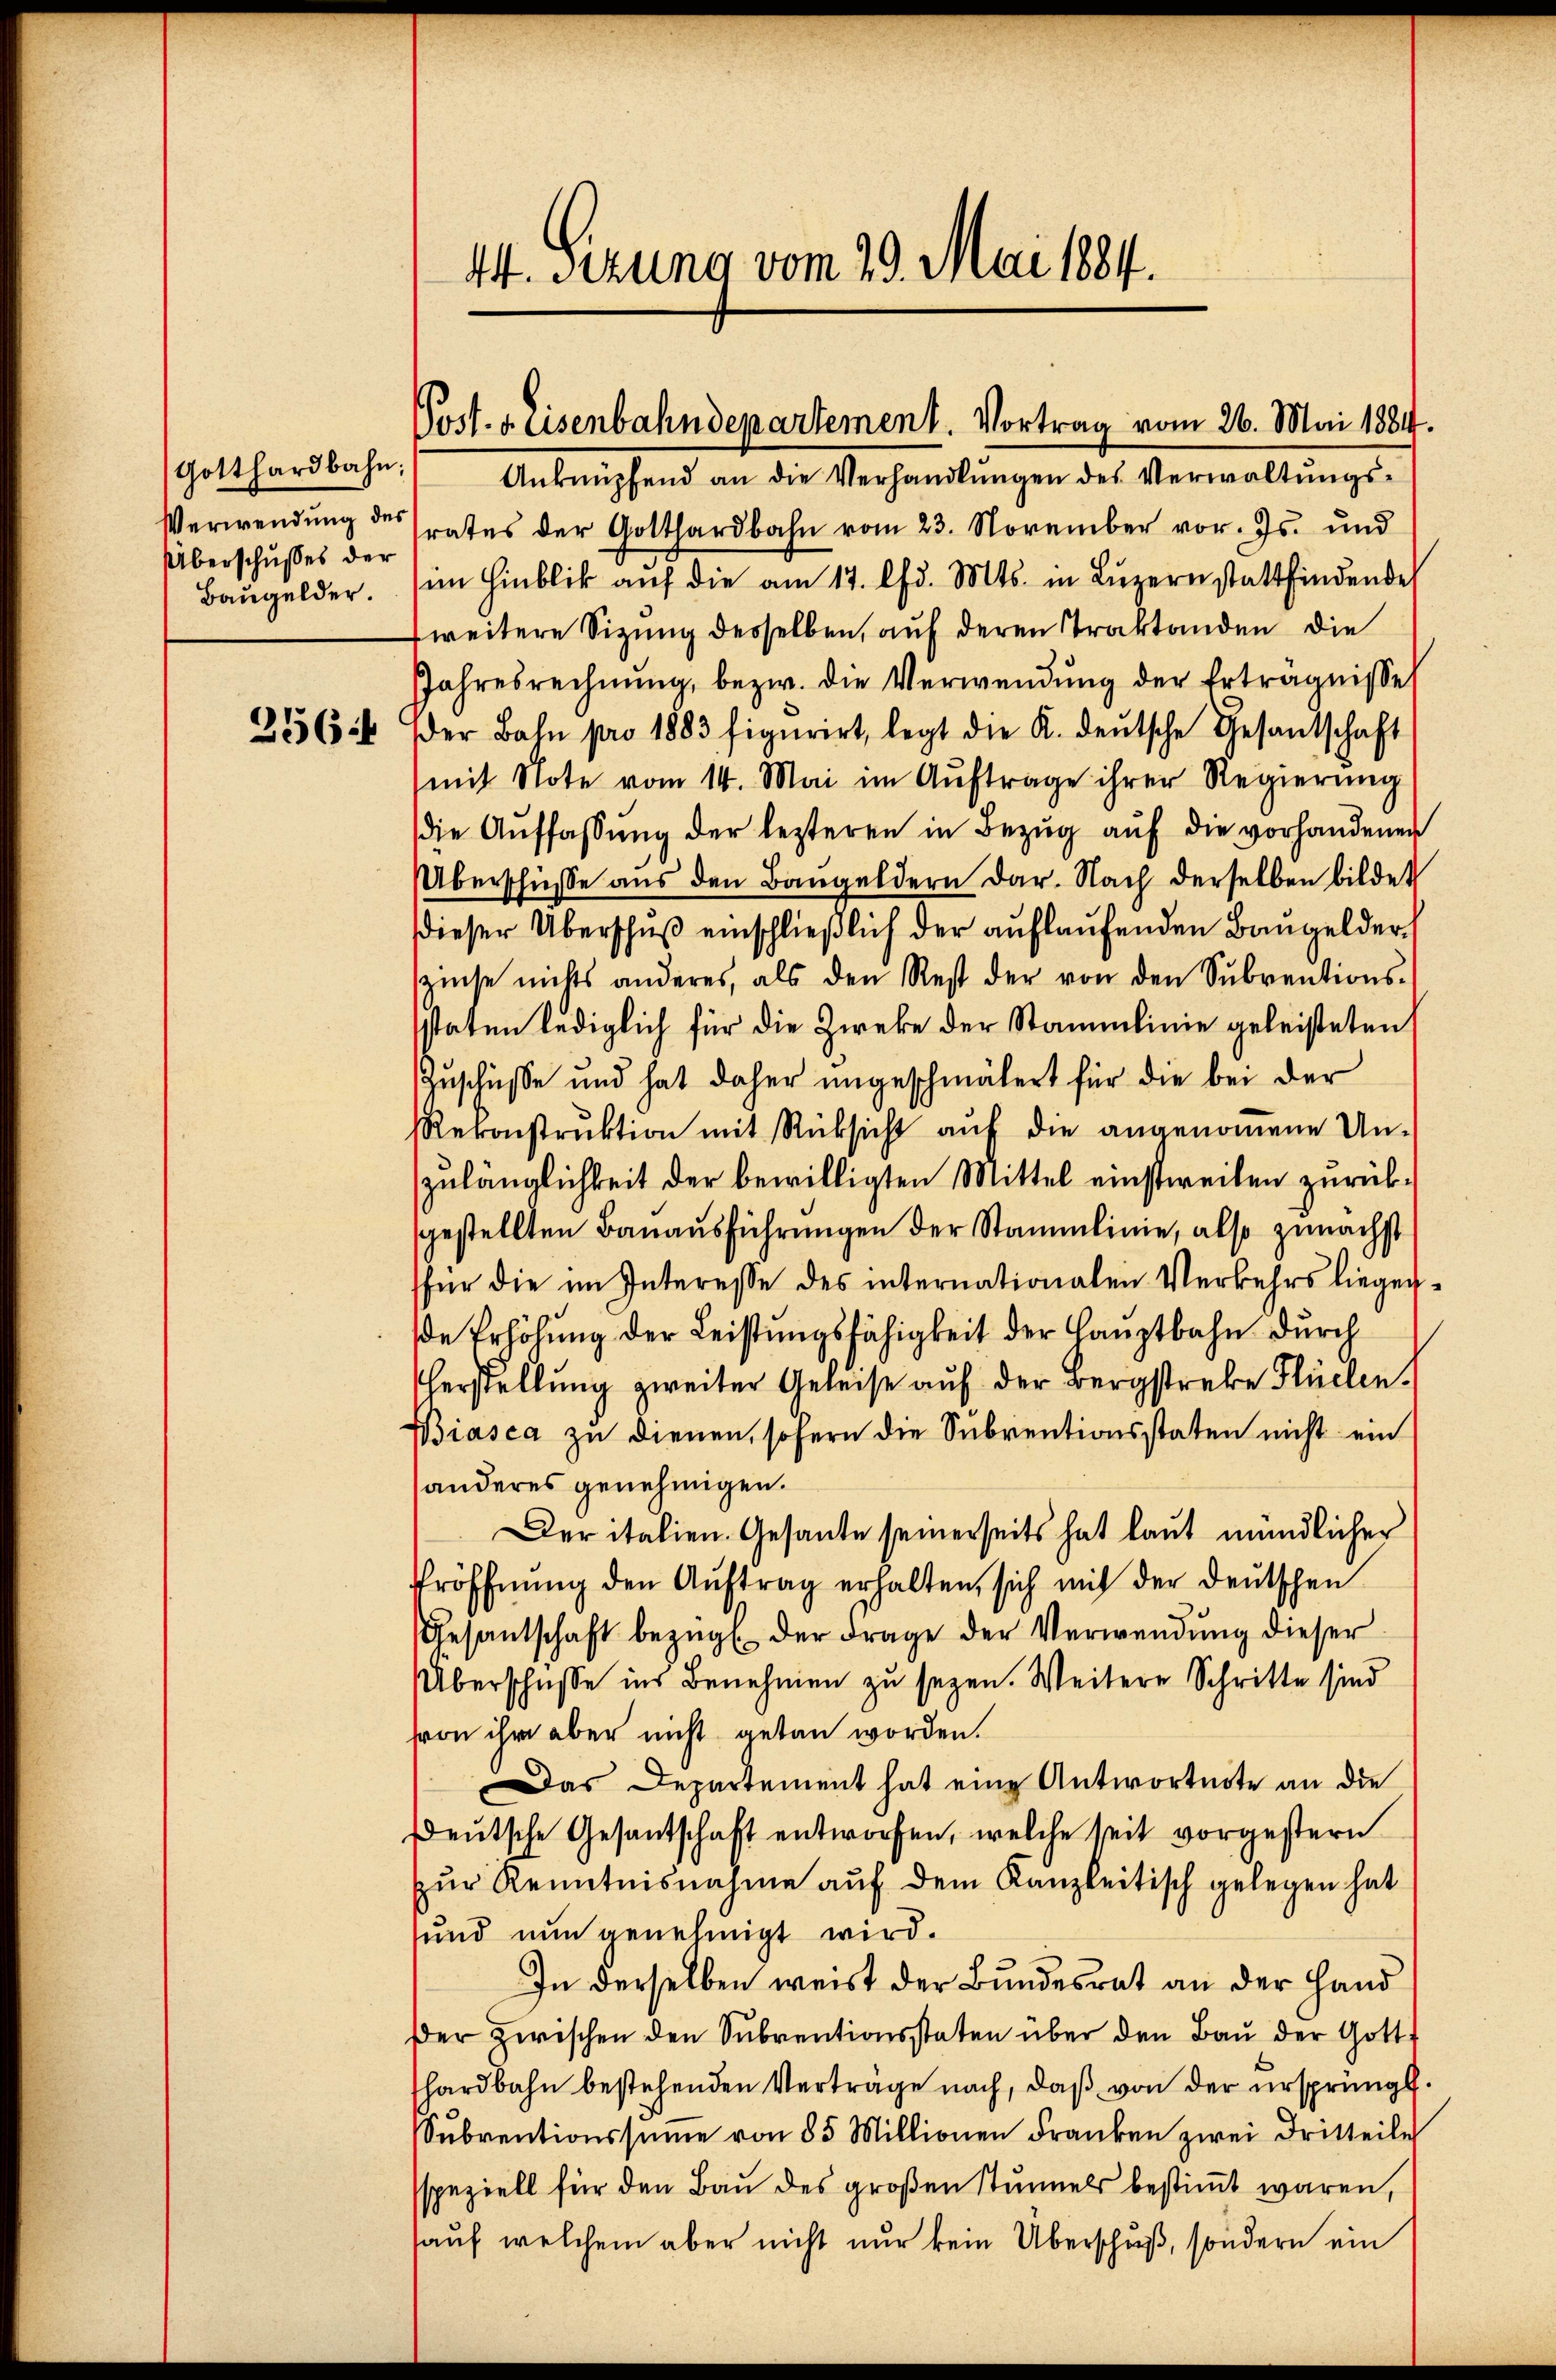
Gotthardbahn;
Verwendung des
Überschusses der
Baugelder.

2564

4. Sizung vom 29. Mai 1884.

Post. v. Eisenbahndepartement. Vortrag vom 26. Mai 1884.

Anknüpfend an die Verhandlungen des Verwaltungsrates der Gotthardbahn vom 23. November vor. Js. und
im Hinblik aŭf die am 17. lfd. Mts. in Lŭzern stattfindende
weitere Sitzung derselben, auf deren Traktanden die
Jahresrechnŭng, bezw. die Verwendŭng der Erträgnisse
der Bahn pro 1883 figurirt, legt die K. deŭtsche Gesantschaft
mit Note vom 14. Mai im Auftrage ihrer Regierŭng
die Auffassung der lezteren in Bezug auf die vorhandenen
Überschüsse aus den Bangeldern dar. Nach derselben bildet
dieser Überschuß einschließlich der auflaufenden Bangelderzinse nichts anderes, als den Rest der von den Sŭbventions-
staten lediglich für die Zweke der Stammlinie geleisteten
Zuschüße und hat daher ungeschmälert für die bei der
Rekonstruktion mit Rüksicht auf die angenommene Un-
zulänglichkeit der bewilligten Mittel einstweilen zurückgestellten Bauausführungen der Stammlinie, also zunächst
für die im Interesse des internationalen Verkehrs liegen
de Erhöhung der Leistungsfähigkeit der Hauptbahn durch
Herstellŭng zweiter Geleise auf der Bergstrebe Flüelen.
Biasca zu dienen, sofern die Subventionsstaten nicht ein
anderes genehmigen.
Der italien Gesante seinerseits hat laut mündlicher
röffnŭng den Aŭftrag erhalten, sich mit der deutschen
Gesantschaft bezügl. der Frage der Verwendŭng dieser
Überschüsse ins Benehmen zu seyen. Weitere Schritte sind
von ihr aber nicht getan worden.
Das Departement hat eine Antwortnote an die
deutsche Gesantschaft entworfen, welche seit vorgestern
zur Kenntnisnahme auf dem Kanzleitisch gelegen hat
und nun genehmigt wird.
In derselben weist der Bundesrat an der Hand
der Zwischen den Sŭbventionsstaten über den Baŭ der Gottf
hardbahn bestehenden Vertrage nach, daß von der ursprüngl.
Subventionssumme von 85 Millionen Franken zwei Dritteile
speziell für den Bau des großen Stunnels bestimmt waren,
auf welchem aber nicht nur kein Überschuß, sondern ein